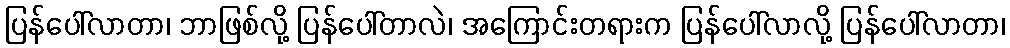
ပြန်ပေါ်လာတာ၊ ဘာဖြစ်လို့ ပြန်ပေါ်တာလဲ၊ အကြောင်းတရားက ပြန်ပေါ်လာလို့ ပြန်ပေါ်လာတာ၊